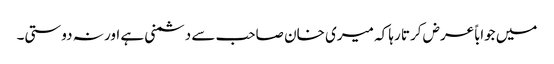
میں جواباً عرض کرتا رہا کہ میری خان صاحب سے دشمنی ہے اور نہ دوستی۔